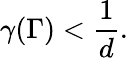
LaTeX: \gamma(\Gamma)<\frac{1}{d}.